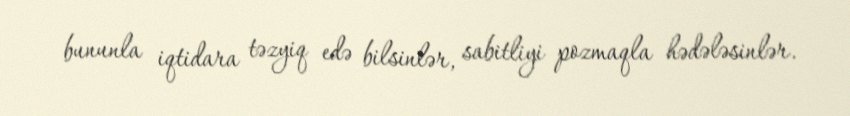
bununla iqtidara təzyiq edə bilsinlər, sabitliyi pozmaqla hədələsinlər.